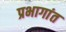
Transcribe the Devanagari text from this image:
प्रभागांत